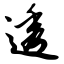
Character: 透